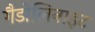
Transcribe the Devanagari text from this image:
गैडोलिनाइट